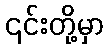
၎င်းတို့မှာ